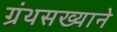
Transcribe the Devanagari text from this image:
ग्रंथसख्याने